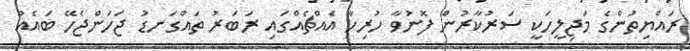
ރައްޔިތުންގެ މަޖިލީހަކީ ސަރުކާރުން ފޮނުވާ ހުރިހާ އެއްޗެއްގައި ރަބަރު ތައްގަނޑު ޖަހަންޖެހޭ ބައެއް